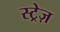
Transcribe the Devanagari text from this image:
स्ट्रेज़